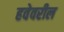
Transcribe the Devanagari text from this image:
हवेवरील